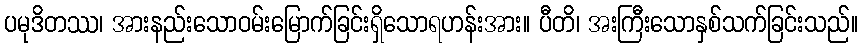
ပမုဒိတဿ၊ အားနည်းသောဝမ်းမြောက်ခြင်းရှိသောရဟန်းအား။ ပီတိ၊ အးကြီးသောနှစ်သက်ခြင်းသည်။